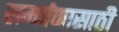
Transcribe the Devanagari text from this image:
समर्पणासाठी